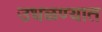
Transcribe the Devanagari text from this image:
उधळण्यात